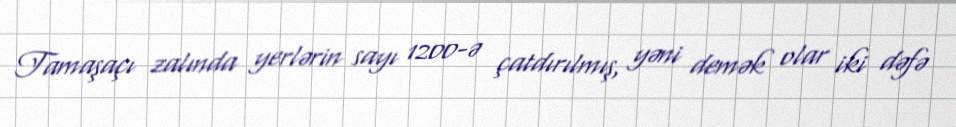
Tamaşaçı zalında yerlərin sayı 1200-ə çatdırılmış, yəni demək olar iki dəfə